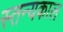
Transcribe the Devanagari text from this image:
स्तन्यकाल